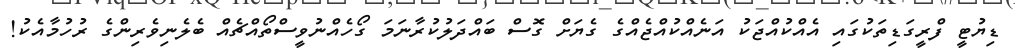
ޑިޔުޓީ ފްރީގަޑިތަކުގައި އެއްކުއްޖަކު އަނެއްކުއްޖެއްގެ ގެޔަށް ގޮސް ބައްދަލުކުރާނަމަ ގޯހެއްނުވީސްތޯއްޗެއް ބެލެނިވެރިންގެ ރުހުމާއެކު!